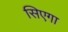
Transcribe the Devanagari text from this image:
सिएगा